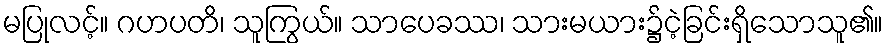
မပြုလင့်။ ဂဟပတိ၊ သူကြွယ်။ သာပေခဿ၊ သားမယား၌ငဲ့ခြင်းရှိသောသူ၏။